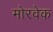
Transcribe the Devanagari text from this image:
मोरवेक